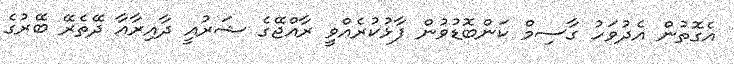
އެގޮތުން އެދުވަހު ގާސިމް ކަންބޮޑުވުން ފާޅުކުރެއްވީ ރާއްޖޭގެ ޝަރުއީ ދާއިރާއާ ދޭތެރޭ ބޭރުގެ